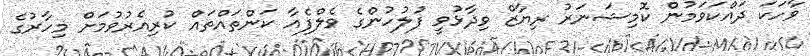
ވާހަކަ ދައްކަވަމުން ކޮމިޝަނަރު ރިޔާޒް ވިދާޅުވީ ފުލުހުންގެ ވެލްފެއާ ކަންތައްތައް ކުރިއެރުވުމަށް މިހާރުގެ